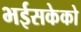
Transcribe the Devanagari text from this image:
भईसकेको